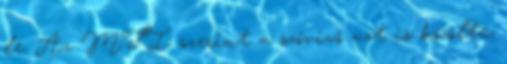
le. Az MTI szerint a szóvivő azt is közölte,